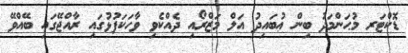
ޑޮކްޓަރ މުޙަންމަދު ބިން ޢުބައިދު އަލް މަޒްރޯއި ދެއްކެވި ވާހަކަފުޅުގައި ރާއްޖޭގައި ބޭއްވޭ